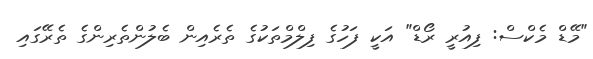
"މޭޑް މެކްސް: ފިއުރީ ރޯޑް" އަކީ ފަހުގެ ފިލްމްތަކުގެ ތެރެއިން ބެލުންތެރިންގެ ތެރޭގައި